Vaccination in Bombay 1924-1928 - 1924-1928
Year: 1924
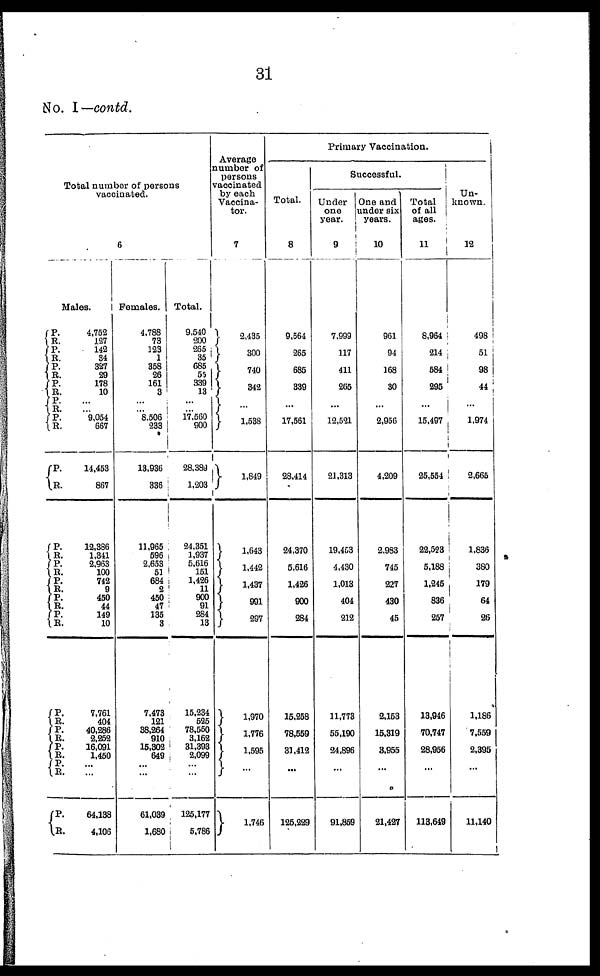
31
No. I—contd.
Total number of persons
vaccinated.
6
Males.
P.
R.
P.
R.
P.
R.
P.
R.
P.
R.
P.
R.
P.
R.
P.
R.
P. R.
P. R.
P.
R.
P.
R.
P.
R.
P.
R.
P.
R.
P. R.
P.
R.
4,752
127
142
34
327
29
178
10
...
...
9,054
667
14,453
867
12,386
1,341
2,963
100
742
9
450
44
149
10
7,761
404
40,286
2,252
16,091
1,450
...
...
64,138
4,106
Females.
4,788
73
123
1
358
26
161
3
...
...
8,506
233
13,936
336
11,965
596
2,653
51
684
2
450
47
135
3
7,473
121
38,264
910
15,302
649
...
...
61,039
1,680
Total.
9,540
200
265
35
685
55
339
13
...
...
17,560
900
28,389
1,203
24,351
1,937
5,616
151
1,426
11
900
91
284
13
15,234
525
78,550
3,162
31,393
2,099
...
...
125,177
5,786
Average
number of
persons
vaccinated
by each
Vaccina¬
tor.
7
2,435
300
740
342
...
1,538
1,849
1,643
1,442
1,437
991
297
1,970
1,776
1,595
...
1,746
Primary Vaccination.
Total.
8
9,564
265
685
339
...
17,561
28,414
24,370
5,616
1,426
900
284
15,258
78,559
31,412
...
125,229
Successful.
Under
one
year.
9
7,999
117
411
265
...
12,521
21,313
19,453
4,430
1,013
404
212
11,773
55,190
24,896
...
91,859
One and
under six
years.
10
961
94
168
30
...
2,956
4,209
2,983
745
227
430
45
2,153
15,319
3,955
...
21,427
Total
of all
ages.
11
8,964
214
584
295
...
15,497
25,554
22,523
5,188
1,245
836
257
13,946
70,747
28,956
...
113,649
Un-
known.
12
498
51
98
44
...
1,974
2,665
1,836
380
179
64
26
1,186
7,559
2,395
...
11,140